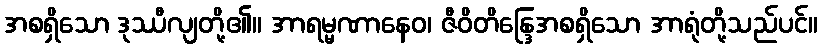
အစရှိသော ဒုဿီလျတို့၏။ အာရမ္မဏာနေဝ၊ ဇီဝိတိန္ဒြေအစရှိသော အာရုံတို့သည်ပင်။